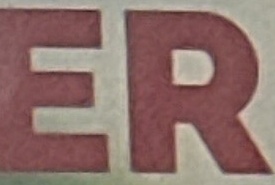
ER